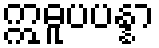
ဣဓူပပန္နာ